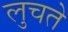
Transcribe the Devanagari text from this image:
लुचते